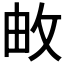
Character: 𮲓